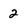
Character: 2